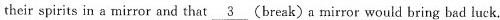
their spirits in a mirror and that \underline{3} (break) a mirror would bring bad luck.